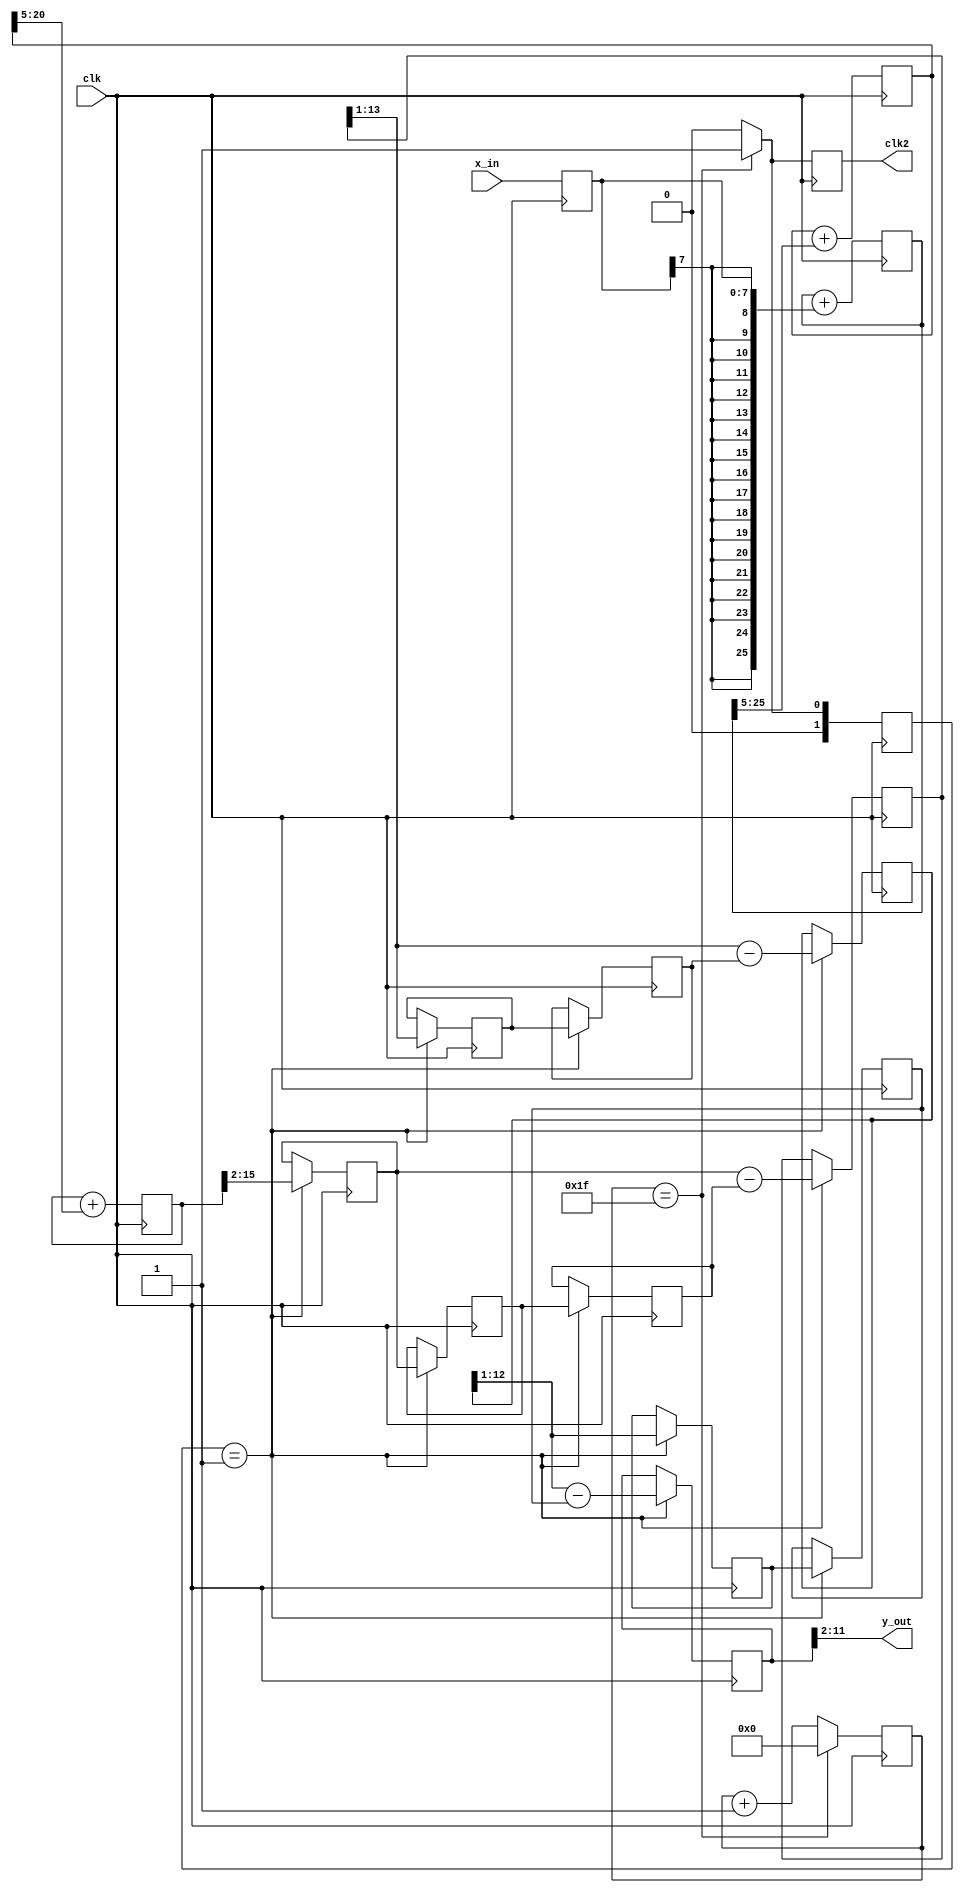
//*********************************************************
// IEEE STD 1364-1995 Verilog file: cic3s32.v
// Author-EMAIL: Uwe.Meyer-Baese@ieee.org
//*********************************************************
module cic3s32 (clk, x_in, clk2, y_out); //----> Interface

  input        clk;
  input  [7:0] x_in;
  output [9:0] y_out;
  output clk2;
  reg  clk2;

  parameter hold=0, sample=1;
  reg [1:0] state;
  reg [4:0]  count;
  reg  [7:0]  x;                     // Registered input
  wire [25:0] sxtx;                  // Sign extended input
  reg  [25:0] i0;                    // I section 0
  reg  [20:0] i1;                    // I section 1
  reg  [15:0] i2;                    // I section 2
  reg  [13:0] i2d1, i2d2, i2d3, i2d4, c1, c0; // I + COMB 0
  reg  [12:0] c1d1, c1d2, c1d3, c1d4, c2; // COMB section 1
  reg  [11:0] c2d1, c2d2, c2d3, c2d4, c3; // COMB section 2
      
  always @(posedge clk)
  begin : FSM
    if (count == 31) begin
        count <= 0;
        state <= sample;
        clk2  <= 1; 
      end
    else begin
        count <= count + 1;
        state <= hold;
        clk2  <= 0;
      end
  end

  assign sxtx = {{18{x[7]}},x};

  always @(posedge clk) 
  begin : Int
      x   <= x_in;
      i0  <= i0 + sxtx;        
      i1  <= i1 + i0[25:5];        
      i2  <= i2 + i1[20:5];  
  end

  always @(posedge clk) 
  begin : Comb
    if (state == sample) begin
      c0   <= i2[15:2];
      i2d1 <= c0;
      i2d2 <= i2d1;
      c1   <= c0 - i2d2;
      c1d1 <= c1[13:1];
      c1d2 <= c1d1;
      c2   <= c1[13:1] - c1d2;
      c2d1 <= c2[12:1];
      c2d2 <= c2d1;
      c3   <= c2[12:1] - c2d2;
    end
  end

  assign y_out = c3[11:2];

endmodule